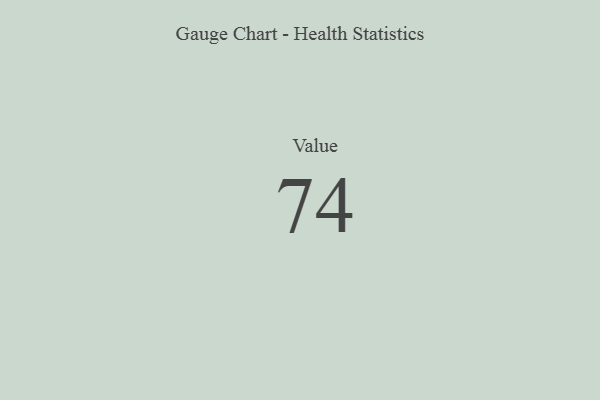
{"axis": {"x": "Metric", "y": "Value"}, "legend": [""], "data": [{"x": "Value", "y": 74, "type": ""}]}